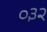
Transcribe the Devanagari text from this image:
०३२